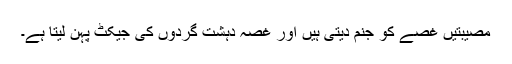
مصیبتیں غصے کو جنم دیتی ہیں اور غصہ دہشت گردوں کی جیکٹ پہن لیتا ہے۔